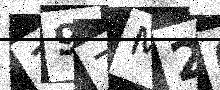
Text: 19ZM20